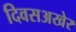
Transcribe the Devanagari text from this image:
दिवसअखेर